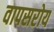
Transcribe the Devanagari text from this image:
वापसरोय